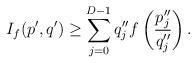
LaTeX: \begin{align*}I_f(p',q') \geq \sum_{j=0}^{D-1} q''_j f \left( \frac{p''_j}{q''_j}\right).\end{align*}